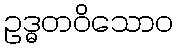
ဥဒ္ဓတဝိသောဝ